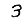
Digit: 3